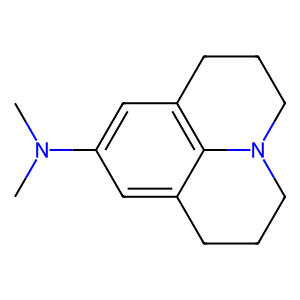
SMILES: CN(C)c1cc2c3c(c1)CCCN3CCC2
Inhibits HIV replication: No